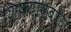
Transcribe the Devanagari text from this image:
शिष्यावबोध